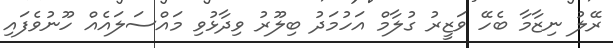
ރޭލު ނިޒާމާ ބެހޭ ވަޒީރު ގުލާމް އަހުމަދު ބިލޫރު ވިދާޅުވި މައްސަލައެއް ހޫނުވެފައި